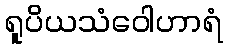
ရူပိယသံဝေါဟာရံ